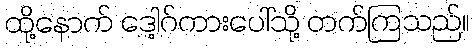
ထို့နောက် ဒေါ့ဂ်ကားပေါ်သို့ တက်ကြသည်။